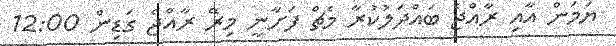
ޔަމަން އާއި ރާއްޖެ ބައްދަލުކުރާ މެޗް ފަށާނީ މިރޭ ރާއްޖެ ގަޑިން 12:00